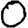
Digit: 0